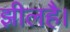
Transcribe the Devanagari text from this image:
झीलहै।